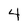
Character: 4